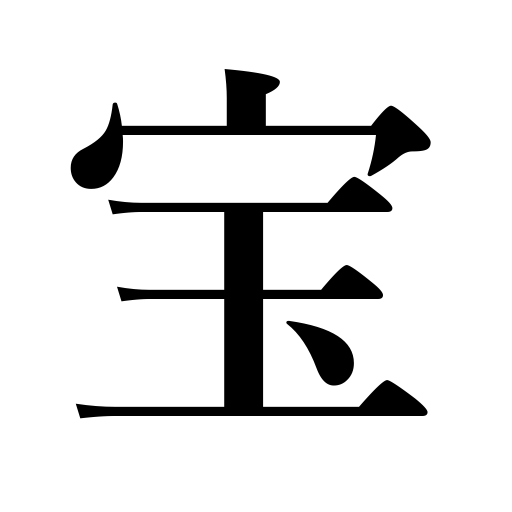
Meanings: wealth,jewels,treasure,mammon,valuables